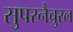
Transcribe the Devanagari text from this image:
सुपरनैचुरल